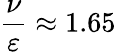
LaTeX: \frac{\nu}{\varepsilon}\approx 1.65